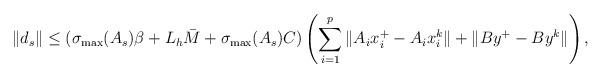
LaTeX: \begin{align*} \|d_s\|\leq (\sigma_{\max}(A_s)\beta + L_h\bar{M} + \sigma_{\max}(A_s)C) \left(\sum_{i=1}^p\|A_i x_i^{+}-A_i x_i^k\|+\|B y^{+}-B y^k\|\right),\end{align*}